Medical and sanitary report of the native army of Bengal for the year
Year: 1875
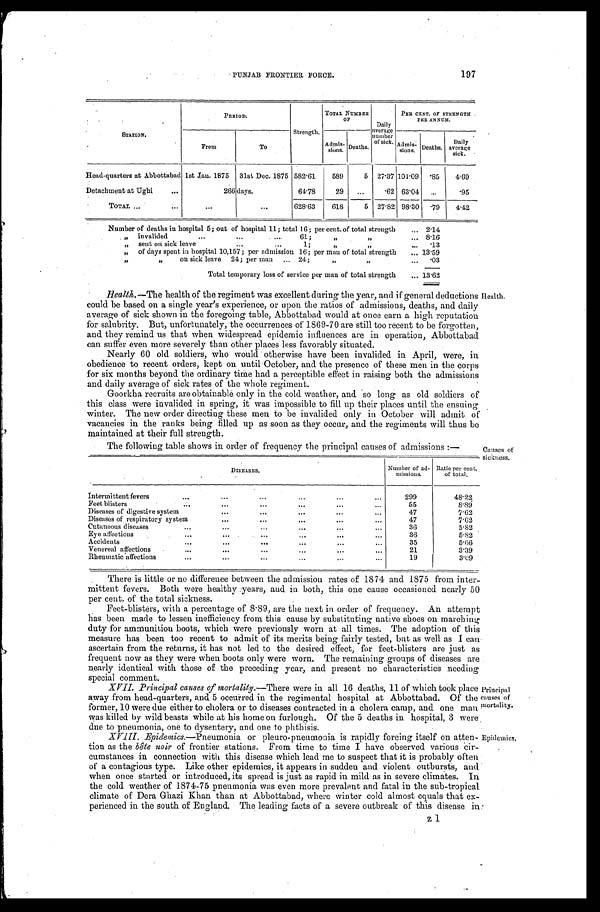
PUNJAB FRONTIER FORCE.
197
STATION.
PERIOD.
Strength.
TOTAL NUMBER OF
D a i l y a v e r a g e n u mb e r o f s i c k .
PER CENT. OF STRENGTH PER ANNUM.
From
To
Admi s-si ons.
Deaths.
Admi s-si ons.
D e a t h s .
D a i l y a v e r a g e s i c k .
Head-quarters at Abbottabad 1st Jan. 1875 31st Dec. 1875
5 8 2 · 6 1
5 8 9
5
2 7 · 3 7
1 0 1 · 0 9
· 8 5
4 · 6 9
Detachment at Ughi
2 6 6
days.
6 4 · 7 8
2 9 ...
· 6 2
6 3 · 0 4 ...
· 9 5
T O T A L
...
...
6 2 8 · 6 3
6 1 8
5
2 7 · 8 2
9 8 · 3 0
· 7 9
4 · 4 2
Number of deaths in hospital 5; out of hospital 11; total 16; per cent. of total strength
2 · 1 4
" invalided ... ... ... 61; " "
8 · 1 6
" s e n t o n s i c k l e a v e . . . . . . 1 ; " "
· 1 3
" of days spent in hospital 10,157 per admission 16; per man of total strength
1 3 · 5 9
" " on sick leave 24; per man ... 24; " "
· 0 3
T o t a l t e m p o r a r y l o s s o f s e r v i c e p e r m a n o f t o t a l s t r e n g t h
1 3 · 6 2
Health. —The health of the regiment was excellent during the year, and if general deductions
could be based on a single year's experience, or upon the ratios of admissions, deaths, and daily
average of sick shown in the foregoing table, Abbottabad would at once earn a high reputation
for salubrity. But, unfortunately, the occurrences of 1869-70 are still too recent to be forgotten,
and they remind us that when widespread epidemic influences are in operation, Abbottabad
can suffer even more severely than other places less favorably situated.
Nearly 60 old soldiers, who would otherwise have been invalided in April, were, in
obedience to recent orders, kept on until October, and the presence of these men in the corps
for six months beyond the ordinary time had a perceptible effect in raising both the admissions
and daily average of sick rates of the whole regiment.
Goorkha recruits are obtainable only in the cold weather, and so long as old soldiers of
this class were invalided in spring, it was impossible to fill up their places until the ensuing
winter. The new order directing these men to be invalided only in October will admit of
vacancies in the ranks being filled up as soon as they occur, and the regiments will thus be
maintained at their full strength.
Health.
The following table shows in order of frequency the principal causes of admissions:—
DISEASES.
Number of ad-mi ssi ons.
R a t i o p e r c e n t . o f t o t a l .
Intermittent fevers
2 9 9
4 8 · 2 2
Feet blisters
5 5
8 · 8 9
Diseases of digestive system
4 7
7 · 6 2
Diseases of respiratory system
4 7
7 · 6 2
Cutaneous diseases
3 6
5 · 8 2
Eye affections
3 6
5 · 8 2
Accidents
3 5
5 · 6 6
Venereal affections
2 1
3 · 3 9
Rheumatic affections
1 9
3 · 0 9
Causes of
sickness.
There is little or no difference between the admission rates of 1874 and 1875 from inter
-mittent fevers. Both were healthy years, and in both, this one cause occasioned nearly 50
per cent. of the total sickness.
Feet-blisters, with a percentage of 8·89, are the next in order of frequency. An attempt
has been made to lessen inefficiency from this cause by substituting native shoes on marching
duty for ammunition boots, which were previously worn at all times. The adoption of this
measure has been too recent to admit of its merits being fairly tested, but as well as I can
ascertain from the returns, it has not led to the desired effect, for feet-blisters are just as
frequent now as they were when boots only were worn. The remaining groups of diseases are
nearly identical with those of the preceding year, and present no characteristics needing
special comment.
XVII. Principal causes of mortality.—There were in all 16 deaths, 11 of which took place
away from head-quarters, and 5 occurred in the regimental hospital at Abbottabad. Of the
former, 10 were due either to cholera or to diseases contracted in a cholera camp, and one man
was killed by wild beasts while at his home on furlough. Of the 5 deaths in hospital, 3 were
due to pneumonia, one to dysentery, and one to phthisis.
Principal
causes of
mortality.
XVIII. Epidemics. —Pneumonia or pleuro-pneumonia is rapidly forcing itself on atten
-tion as the bête noir of frontier stations. From time to time I have observed various cir
-cumstances in connection with this disease which lead me to suspect that it is probably often
of a contagious type. Like other epidemics, it appears in sudden and violent outbursts, and
when once started or introduced, its spread is just as rapid in mild as in severe climates. In
the cold weather of 1874-75 pneumonia was even more prevalent and fatal in the sub-tropical
climate of Dera Ghazi Khan than at Abbottabad, where winter cold almost equals that ex
-perienced in the south of England. The leading facts of a severe outbreak of this disease in
Epidemics.